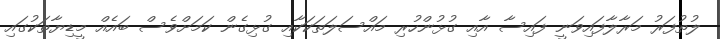
ލުތުފަރު މަރާލާފައިވަނީ ފައިސާ އާއި ގުޅުންހުރި މައްސަލަތަކަކާއި ގުޅިގެން ކަމަށްވެސް ބައެއް މީޑިޔާތަކުގައި